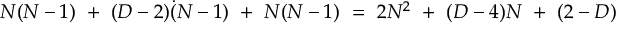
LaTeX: N ( N - 1 ) \ + \ ( D - 2 ) \dot { ( } N - 1 ) \ + \ N ( N - 1 ) \ = \ 2 N ^ { 2 } \ + \ ( D - 4 ) N \ + \ ( 2 - D )